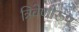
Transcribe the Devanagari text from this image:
त्रिवेणीरूप